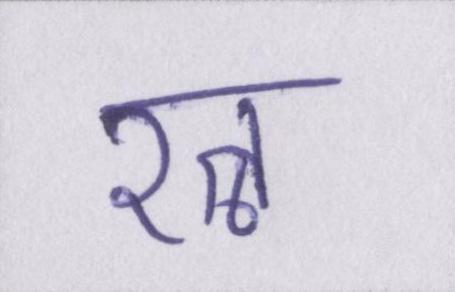
रत्न